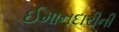
ઈમાનદારીની